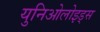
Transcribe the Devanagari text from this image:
युनिओलोइड्स